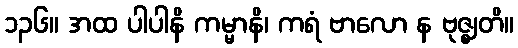
၁၃၆။ အထ ပါပါနိ ကမ္မာနိ၊ ကရံ ဗာလော န ဗုဇ္ဈတိ။